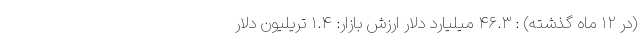
(در ۱۲ ماه گذشته) : ۴۶.۳ میلیارد دلار ارزش بازار: ۱.۴ تریلیون دلار